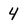
Character: 4